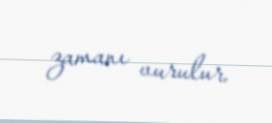
zamanı vurulur.